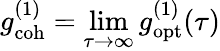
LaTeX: g_{\mathrm{coh}}^{(1)}=\operatorname*{lim}_{\tau\rightarrow\infty}g_{\mathrm{opt}}^{(1)}(\tau)